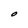
Character: O